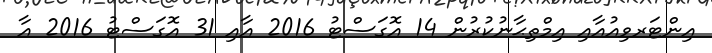
އިންޓަރވިއުއާއި އިމްތިޙާނުކުރުން 14 އޮގަސްޓު 2016 އާއި 31 އޮގަސްޓު 2016 އާ